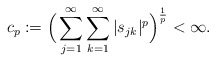
\begin{align*}c_{p}:=\Big(\sum_{j=1}^\infty\sum_{k=1}^\infty|s_{jk}|^{p}\Big)^{\frac{1}{p}}<\infty.\end{align*}